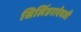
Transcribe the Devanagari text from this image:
सिलिंडराऐवजी